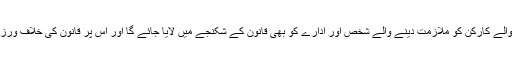
اس کے ساتھ ساتھ غیر قانونی طور پر غیر ملکی کارکن اور ہروب والے کارکن کو ملازمت دینے والے شخص اور ادارے کو بھی قانون کے شکنجے میں لایا جائے گا اور اس پر قانون کی خلاف ورزی کے تحت 6 ماہ قید اور ایک لاکھ ریال جرمانہ عائد کیا جائے گا۔